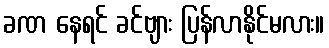
ခဏ နေရင် ခင်ဗျား ပြန်လာနိုင်မလား။